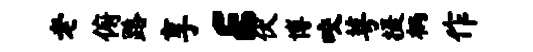
老俯路享E伏博咬萼摄柄作